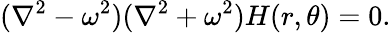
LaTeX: (\nabla^{2}-\omega^{2})(\nabla^{2}+\omega^{2})H(r,\theta)=0.